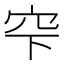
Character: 𥤲